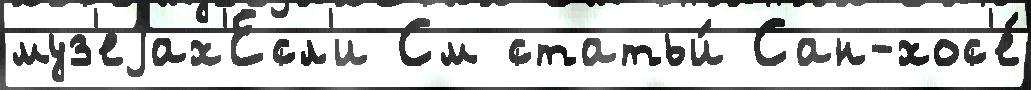
муз'еjах'Есл'и См статьи́ Сан-хос'е́